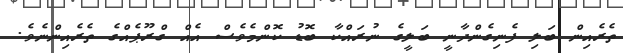
ތެރެއިން ބަލި ފެނިގެންދާނީ ބަލީގެ ނުރައްކާ ބޮޑު ކޮންމެވެސް އެއް ގްރޫޕެއްގެ ތެރެއިންނެވެ.